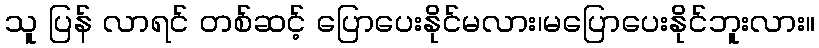
သူ ပြန် လာရင် တစ်ဆင့် ပြောပေးနိုင်မလား၊မပြောပေးနိုင်ဘူးလား။